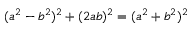
( a ^ { 2 } - b ^ { 2 } ) ^ { 2 } + ( 2 a b ) ^ { 2 } = ( a ^ { 2 } + b ^ { 2 } ) ^ { 2 }